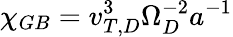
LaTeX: \chi_{GB}=v_{T,D}^{3}\Omega_{D}^{-2}a^{-1}